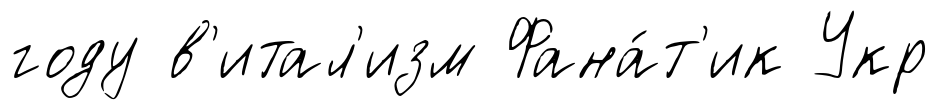
году в'итал'изм Фана́т'ик Укр